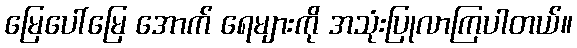
မြေပေါ်မြေ အောက် ရေများကို အသုံးပြုလာကြပါတယ်။